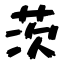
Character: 茨